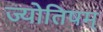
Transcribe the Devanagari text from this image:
ज्योतिषम्